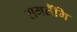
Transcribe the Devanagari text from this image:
समलैंगि